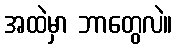
အထဲမှာ ဘာတွေလဲ။